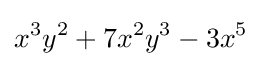
x^{3}y^{2}+7x^{2}y^{3}-3x^{5}